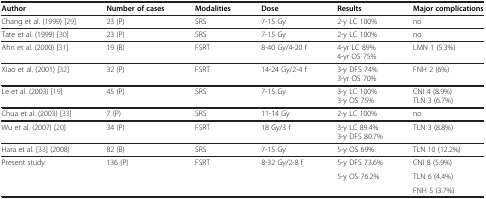
<table><thead><tr><td><b>Author</b></td><td><b>Number of cases</b></td><td><b>Modalities</b></td><td><b>Dose</b></td><td><b>Results</b></td><td><b>Major complications</b></td></tr></thead><tbody><tr><td>Chang et al. (1999)[29]</td><td>23 (P)</td><td>SRS</td><td>7-15 Gy</td><td>2-y LC 100%</td><td>no</td></tr><tr><td>Tate et al. (1999)[30]</td><td>23 (P)</td><td>SRS</td><td>7-15 Gy</td><td>2-y LC 100%</td><td>no</td></tr><tr><td rowspan="2">Ahn et al. (2000)[31]</td><td rowspan="2">19 (B)</td><td rowspan="2">FSRT</td><td rowspan="2">8-40 Gy/4-20 f</td><td>4-yr LC 89%</td><td rowspan="2">LMN 1 (5.3%)</td></tr><tr><td>4-yr OS 75%</td></tr><tr><td rowspan="2">Xiao et al. (2001)[32]</td><td rowspan="2">32 (P)</td><td rowspan="2">FSRT</td><td rowspan="2">14-24 Gy/2-4 f</td><td>3-y DFS 74%</td><td rowspan="2">FNH 2 (6%)</td></tr><tr><td>3-yr OS 70%</td></tr><tr><td rowspan="2">Le et al. (2003)[19]</td><td rowspan="2">45 (P)</td><td rowspan="2">SRS</td><td rowspan="2">7-15 Gy</td><td>3-y LC 100%</td><td>CNI 4 (8.9%)</td></tr><tr><td>3-y OS 75%</td><td>TLN 3 (6.7%)</td></tr><tr><td>Chua et al. (2003)[33]</td><td>7 (P)</td><td>SRS</td><td>11-14 Gy</td><td>2-y LC 100%</td><td>no</td></tr><tr><td rowspan="2">Wu et al. (2007)[20]</td><td rowspan="2">34 (P)</td><td rowspan="2">FSRT</td><td rowspan="2">18 Gy/3 f</td><td>3-y LC 89.4%</td><td rowspan="2">TLN 3 (8.8%)</td></tr><tr><td>3-y DFS 80.7%</td></tr><tr><td>Hara et al.[33] (2008)</td><td>82 (B)</td><td>SRS</td><td>7-15 Gy</td><td>5-y OS 69%</td><td>TLN 10 (12.2%)</td></tr><tr><td rowspan="2">Present study</td><td rowspan="2">136 (P)</td><td rowspan="2">FSRT</td><td rowspan="2">8-32 Gy/2-8 f</td><td>5-y DFS 73.6%</td><td>CNI 8 (5.9%)</td></tr><tr><td>5-y OS 76.2%</td><td>TLN 6 (4.4%)</td></tr><tr><td> </td><td> </td><td> </td><td> </td><td> </td><td>FNH 5 (3.7%)</td></tr></tbody></table>